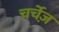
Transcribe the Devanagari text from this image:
चर्चेज़